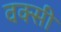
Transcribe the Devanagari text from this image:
वक्सी